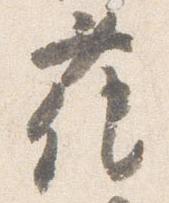
花